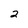
Character: 2